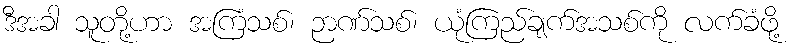
ဒီအခါ သူတို့ဟာ အကြံသစ်၊ ဉာဏ်သစ်၊ ယုံကြည်ချက်အသစ်ကို လက်ခံဖို့